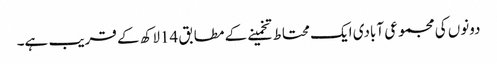
دونوں کی مجموعی آبادی ایک محتاط تخمینے کے مطابق 14لاکھ کے قریب ہے۔